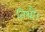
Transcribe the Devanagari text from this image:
तिथौ।